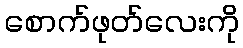
စောက်ဖုတ်လေးကို